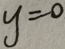
y = 0